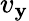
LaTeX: v_{\mathbf{y}}